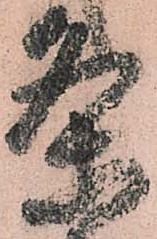
条